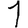
Digit: 1